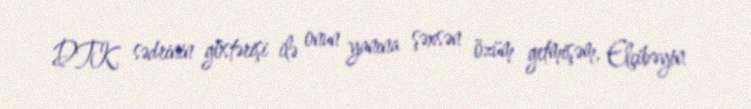
DTK sədrinin göstərişi ilə onun yanına şəxsən özüm getmişəm, Elçibəyin